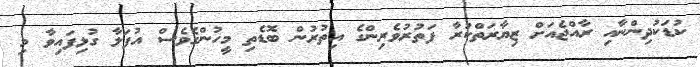
ކުޑަކުދިންނާއި ރާއްޖެއަށް ޒިޔާރަތްކުރާ ފަތުރުވެރިންގެ އިތުރުން ބޮޑެތި މީހުންގެވެސް އުފަލާ ގުޅިފައިވާ މި